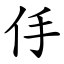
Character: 㐿